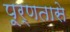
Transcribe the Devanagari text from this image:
पूर्णतासे